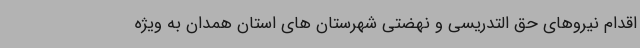
اقدام نیروهای حق التدریسی و نهضتی شهرستان های استان همدان به ویژه